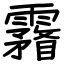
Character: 霿